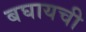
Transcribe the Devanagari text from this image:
बघायची